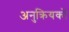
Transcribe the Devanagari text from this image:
अनुक्रियकों